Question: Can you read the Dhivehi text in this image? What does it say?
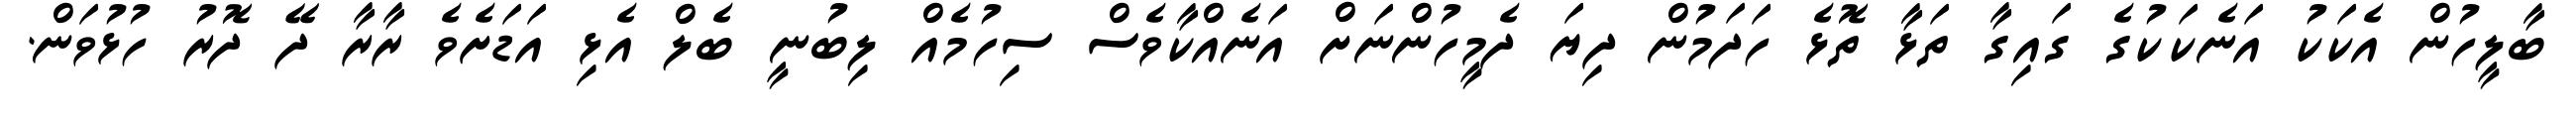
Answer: ބާލީހުން އެކަކު އަނެކަކުގެ ގައިގާ ތަޅާ ތޮޅެ ހަދަމުން ދިޔަ ދެމީހުންނަށް އަނެއްކާވެސް ސިހުމެއް ލިބުނީ ބެލް އެޅި އަޑަށެވެ ރާރާ ދޭ ދޮރު ހުޅުވަން.